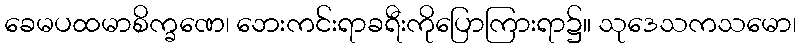
ခေမပထမာစိက္ခဏေ၊ ဘေးကင်းရာခရီးကိုပြောကြားရာ၌။ သုဒေသကသမော၊